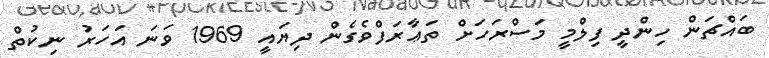
ބައްޗަން ހިންދީ ފިލްމީ މަސްރަހަށް ތަޢާރަފްވެގެން ދިޔައީ 1969 ވަނަ އަހަރު ނިކުތް